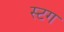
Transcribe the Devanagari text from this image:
स्टग